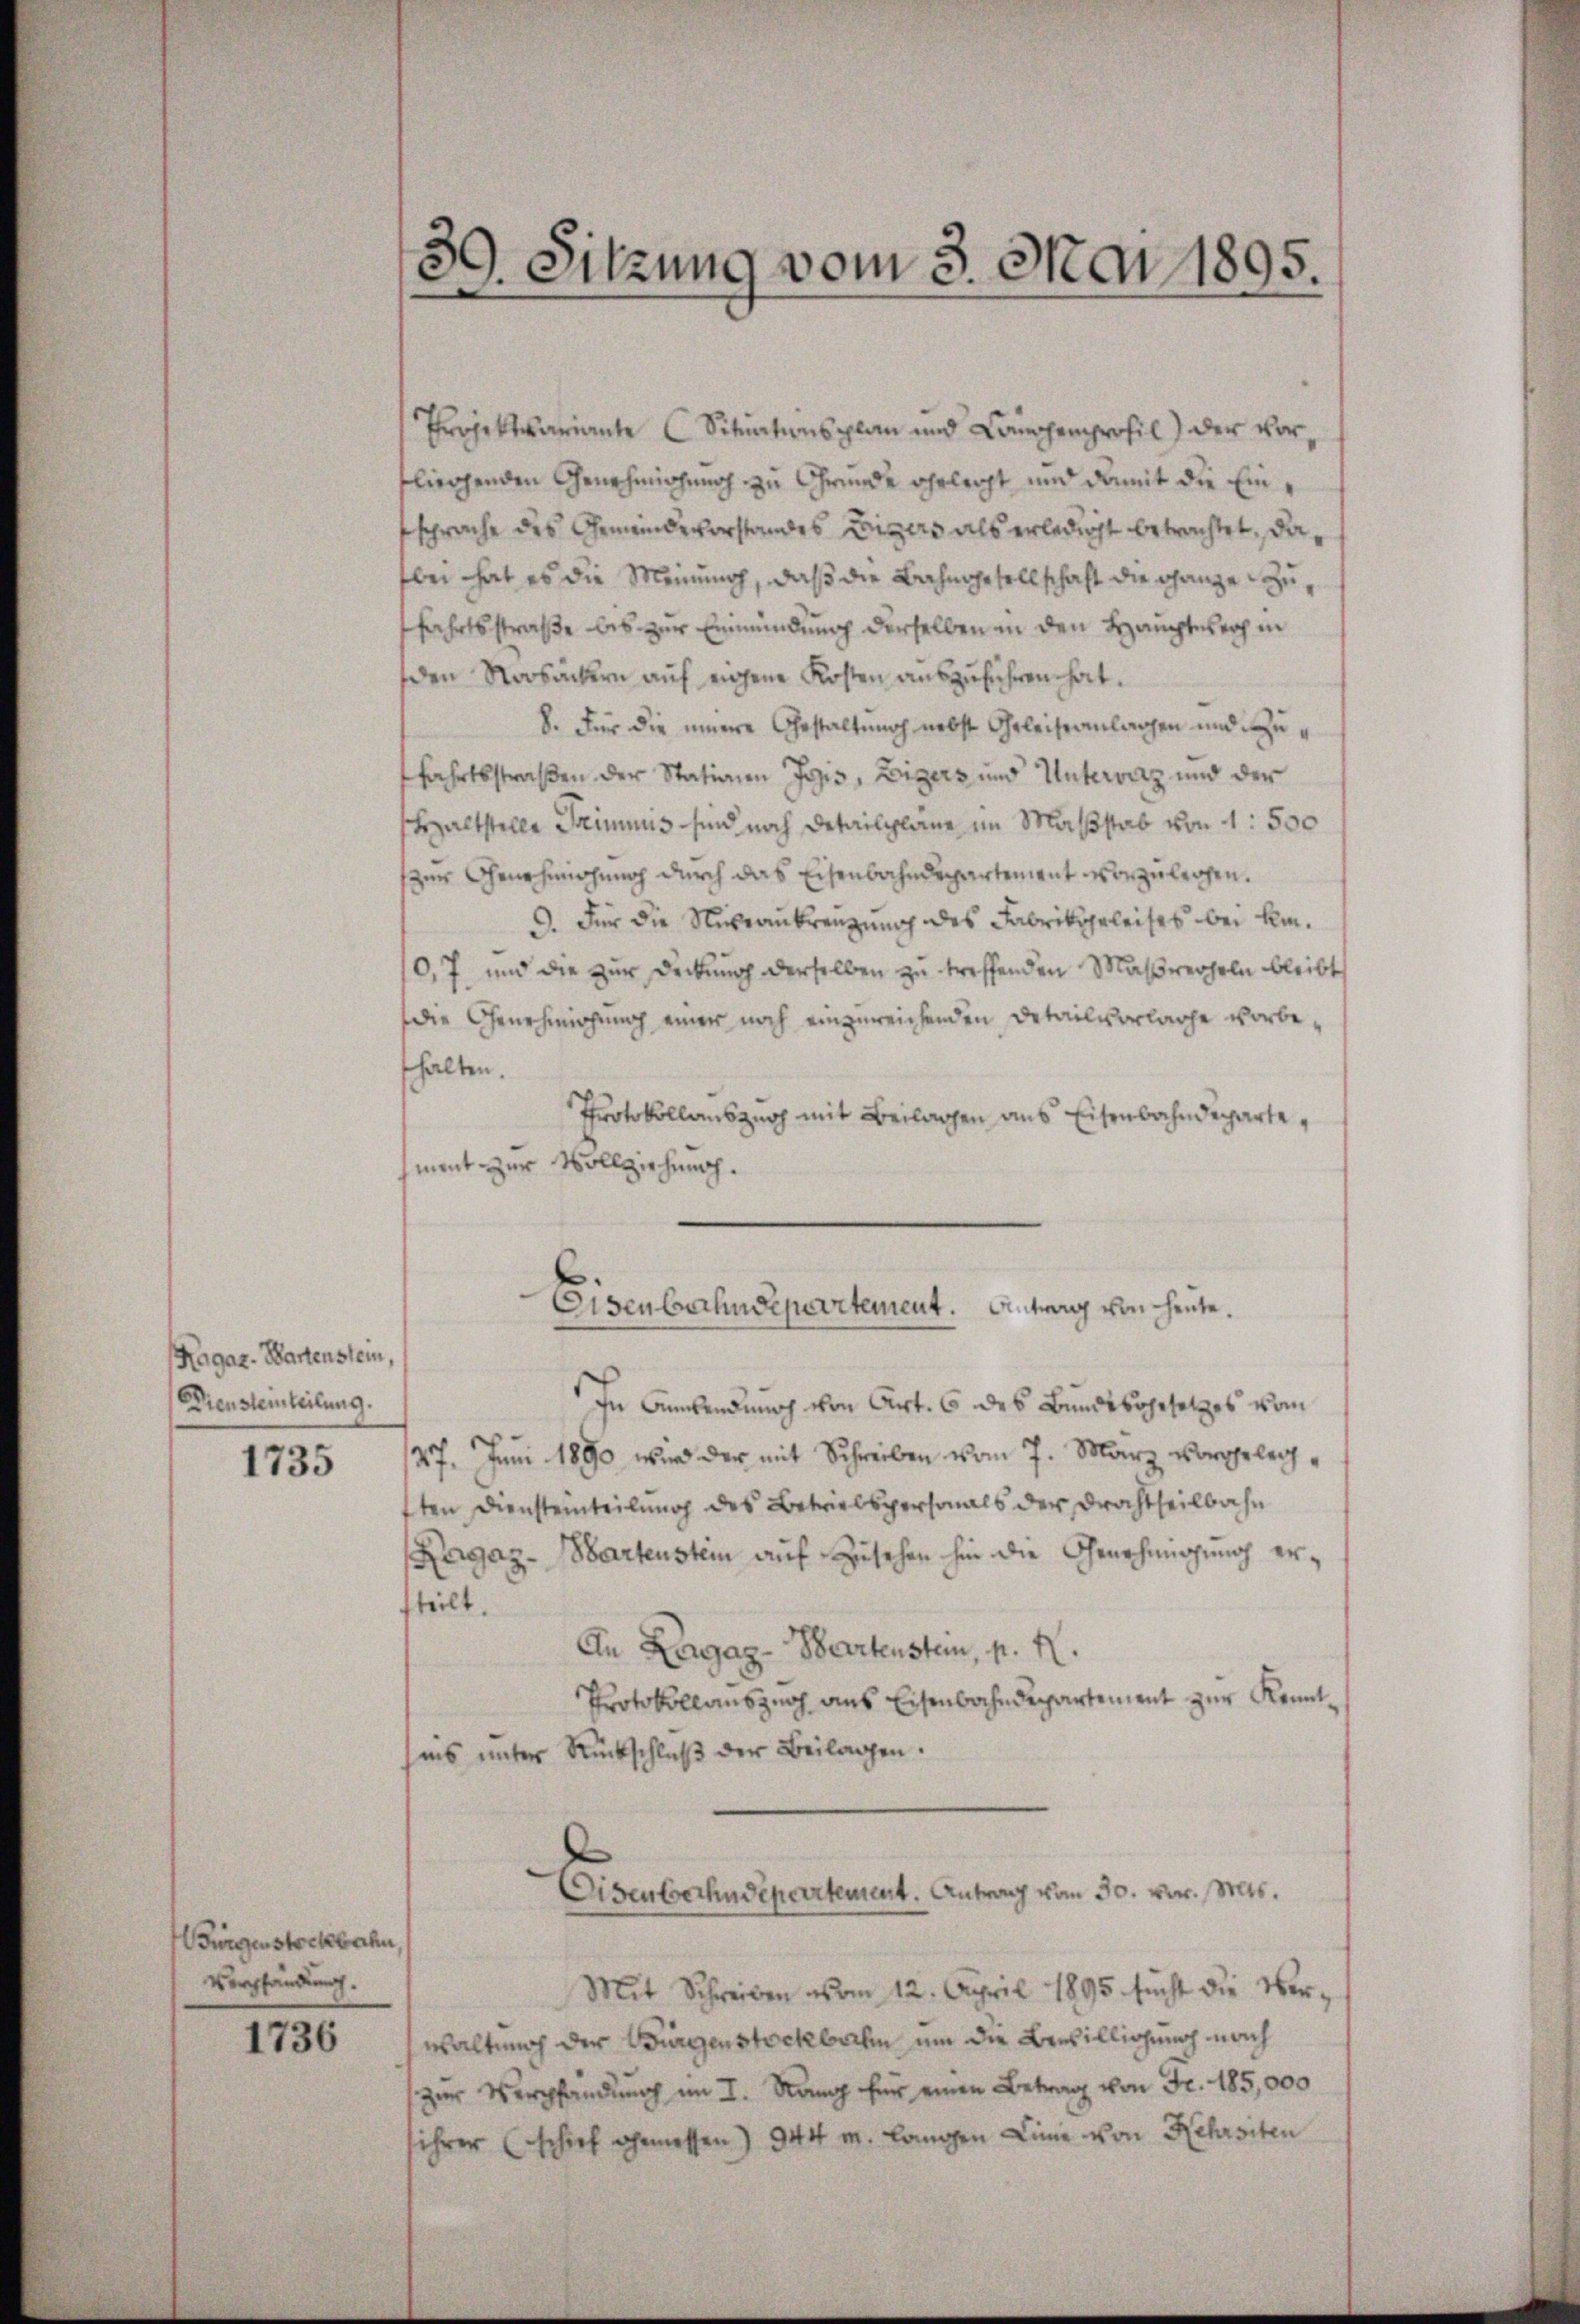
(Ragar. Wartenstein,
Dienstemteilung.

1735

Biigenstockbahn,
Virshandlung.

1736

39. Sitzung vom 3. Mai 1895.
¬

Projektvariante Situationsplan und Conchenprofil) der vorfliegenden Genehmigung zu Grunde ehrleiht und damit die Einsprache des Gemeindevorstandes Eisers als erledigt betrachtet, dabei hat es die Meinung, daß die Bahngesellschaft die ganze zufahrtsstraße bis zur Einmündung derselben in den Hauptwer in
den Nosäckern auf eigene Kosten auszuführen hat.
8. Für die innere Gestaltung nebst Geleiseanlagen und zufahrtsstraßen der Stationen Josis, Eigers und Untervaz und der
schhaltstelle Triminis sind noch Detailpläne im Maßstab von 4: 500
zur Genehmigung durch das Eisenbahndepartement vorzulegen.
3. Für die Nekrankreuzung des Fabrikohrleises bei kin¬
0, 7 und die zur Deckung derselben zu treffenden Maßregeln bleibt
die Genehmigung einer noch einzureichenden Detailvorlage vorbehalten.
Protokollauszug mit Beilagen aus Eisenbahndepartement zur Vollziehung.
Eisenbahndepartement. Eintrag von heute.
In Anwendung von Art. 6 des Bundesgesetzes vom
27. Juni 1890 wird der mit Schreiben vom 7. März vorgelegten Diensteinteilung des Betrielspersonals der Drachtheilbahn
Ragaz - Martenstein auf Zusehen hin die Genehmigung erfteilt.
An Lagag-Bartenstein, p. N.
Protokollauszug aus Eisenbahndepartement zur Kenntiis unter Rückschluß der Beilagen.
Disenberhudepartement. Antrag vom 30. vor. Mts.
Mit Schreiben vom 12. April 1895 sucht die Verwaltung der Bürgenstockbahn um die Bewilligung nach
zur Verpfandung im I. Rang für einen Betrag von Fr. 185,000
sihrer Erschief gemessen) 944 M. langen Lina von Kehrsten